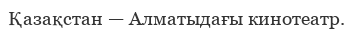
Қазақстан — Алматыдағы кинотеатр.